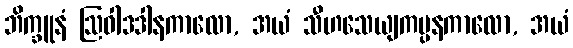
ဘိက္ခူနံ ဩဝါဒဒါနကာလော, အယံ သီဟသေယျကပ္ပနကာလော, အယံ